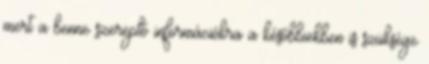
mert a benne szereplő információkra a későbbiekben is szüksége